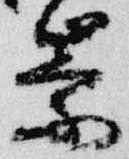
崇